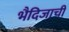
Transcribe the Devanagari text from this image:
भैदिजाची